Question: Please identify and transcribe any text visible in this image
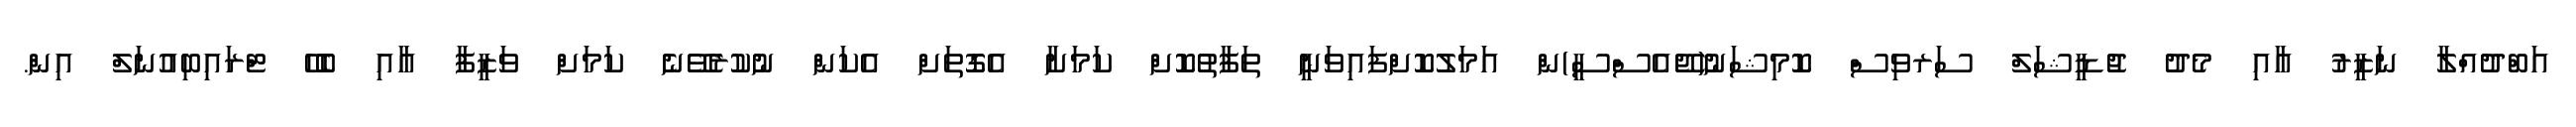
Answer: އަބްދުއްލާ ނަޒީރު އާއި މެދު ޖުޑީޝަލް ސަރވިސް ކޮމިޝަނު(ޖޭއެސްސީ)ން އަމަލުކޮށްފައިވަނީ ތަފާތުކޮށް ކަމަށާ އެގޮތަށް އެކަން ނުކުރެވޭނެ ކަމަށް ވަޒީފާ އާއި ބެހޭ ޓްރައިބިއުނަލް އިން.